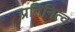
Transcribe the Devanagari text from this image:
प्रतिनित्व